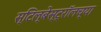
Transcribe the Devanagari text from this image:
स्टिल्बेस्ट्रॉलच्या